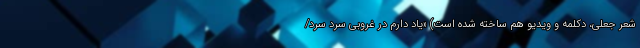
شعر جعلی، دکلمه و ویدیو هم ساخته شده است) «یاد دارم در غروبی سرد سرد/